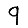
Digit: 9